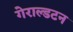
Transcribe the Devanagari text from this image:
गेराल्डटन